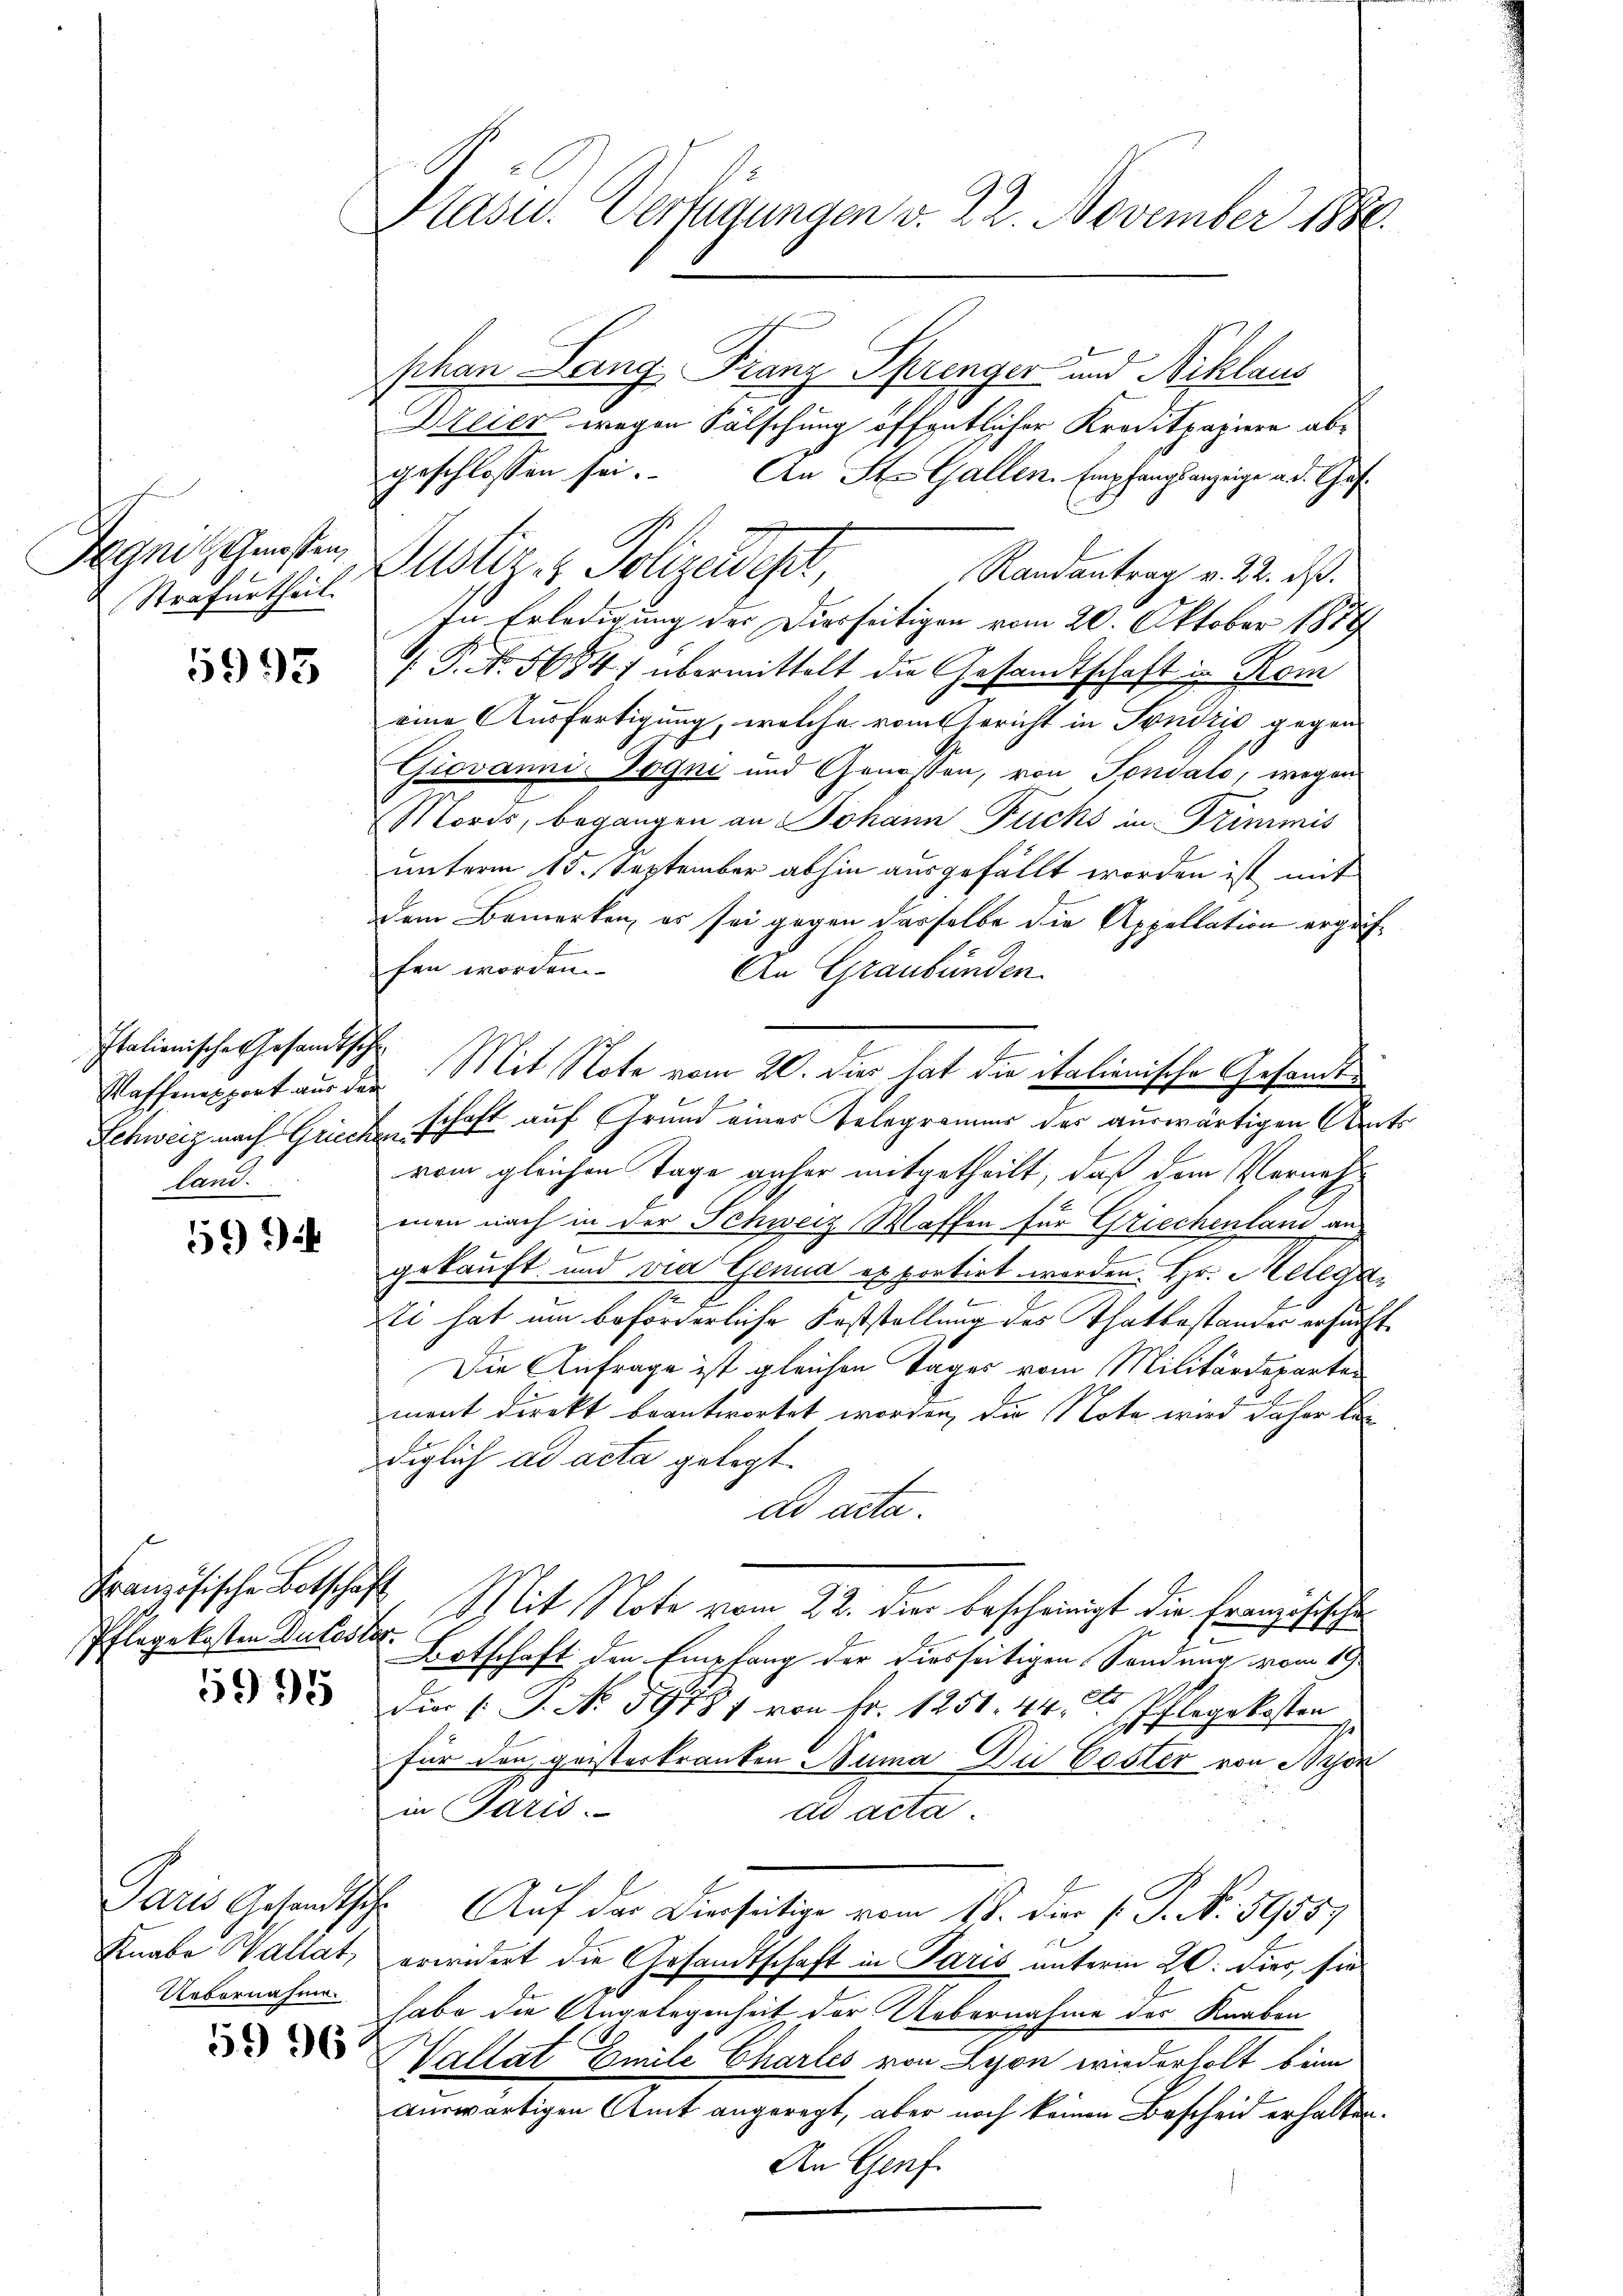
Degni Grossen,
Strafurtheil.

5993

Italionische Gesandtsche
land.

5994

Französische Botschaft
Pflegekosten Dutester.

5995

Knabe Wallat,
Uebernahme.

Plasur. Verfügungen v. 22. November 1880.

phan Lang, Franz Sprenger und Niklaus
Dreier wegen Fälschung öffentlicher Kreditpapiere abgeschlossen sei. An St. Gallen. Empfangsanzeige ad. Ghaf¬
Justiz- & Polizeidest,
Randantrag v. 22. ds.
In Erledigung der Diesseitigen vom 20. Oktober 1888
P. Nr. 5634/ übermittelt die Gesandtschaft in Kom
eine Ausfertigung, welche vom Gericht in Sondžić gegen
Giovanni-Togni und Genossen, von Fondato, wegen
Mords, begangen an Johann Fuchs in Trimmis
unterm 13. September abhin ausgefällt worden ist mit
Dem Bemerken, es sei gegen dasselbe die Appellation ergriffen worden.
An Graubünden.
Waffempport aus der Mit Note vom 20. dies hat die italienische Gesandt¬
Schweiz nach Griechschaft auf Grund eines Telegrammer der auswärtigen Amts
vom gleichen Tage anher mitgetheilt, daß dem Vernach
men nach in der Schweiz Waffen für Griechenland an
e
gekauft und vie Genua exportirt werden. Hr. Helega¬
.
ti hat um beforderliche Feststellung des Thatbestander ersucht.
Die Anfrage ist gleichen Tages vom Militärdeparten
ment direkt beantwortet worden, die Note wird daher le
diglich ad acta gelegt.
ad acta.
Mit Note vom 22. dies bescheinigt die Französische
e
Botschaft den Empfang der diesseitigen Sendung vom 1
dier (: P. Nr. 891 von Fr. 1251. 44. Pflegekosten
s
für den geisterkranken Numa Die Poster von Bren
in Paris.
ad acta
Paris Gesandtsche Auf der Dierseitige vom 18. Der J. P. N. 59557
erwidert die Gesandtschaft in Paris unterm 20. dies, sie
habe die Angelegenheit der Uebernahme des Knaben
 Vallat Emile Charles von Lyon wiederholt beim
auswärtigen Amt angeregt, aber noch keinen Bescheid erhalten.
An Genf